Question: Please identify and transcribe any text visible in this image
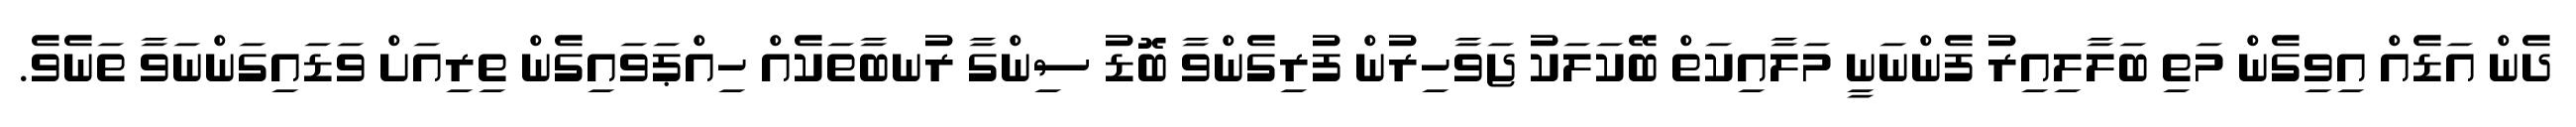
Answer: ދެން އަޑެއް އިވިގެން މަތި ބަލާލިއިރު ފެންނަނީ މަލާއިކަތް ބޭކަލަކު ޖަވާހިރުން ފުރިގެންވާ ބޮޑު ސިންގާ ރުނބާތަކެއް ހިއްޕަވައިގެން ތިރިއަށް ވަޑައިގަންނަވާ ތަނެވެ.